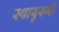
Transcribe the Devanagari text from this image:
स्थायुरूपी